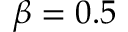
\beta = 0 . 5